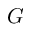
G